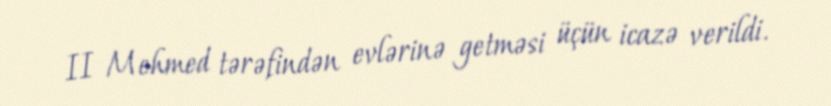
II Mehmed tərəfindən evlərinə getməsi üçün icazə verildi.